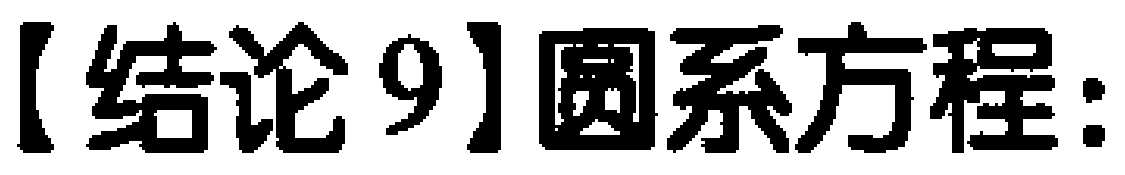
【结论9】圆系方程: